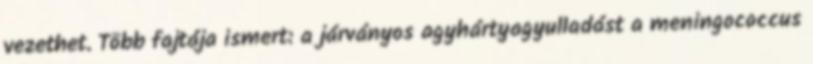
vezethet. Több fajtája ismert: a járványos agyhártyagyulladást a meningococcus